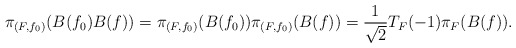
\begin{align*}\pi_{(F,f_0)}(B(f_0)B(f)) = \pi_{(F,f_0)}(B(f_0))\pi_{(F,f_0)}(B(f)) = \frac{1}{\sqrt{2}} T_F(-1)\pi_F(B(f)).\end{align*}